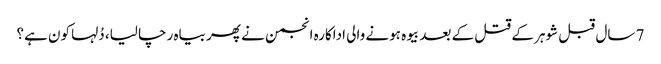
7 سال قبل شوہر کے قتل کے بعد بیوہ ہونے والی اداکارہ انجمن نے پھر بیاہ رچا لیا، دُلہا کون ہے؟